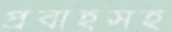
প্রবাহসহ